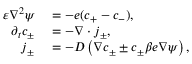
\begin{array} { r l } { \varepsilon \nabla ^ { 2 } \psi } & { { } = - e ( c _ { + } - c _ { - } ) , } \\ { \partial _ { t } c _ { \pm } } & { { } = - \boldsymbol { \nabla } \cdot \boldsymbol { j } _ { \pm } , } \\ { \boldsymbol { j } _ { \pm } } & { { } = - D \left( \boldsymbol { \nabla } c _ { \pm } \pm c _ { \pm } \beta e \boldsymbol { \nabla } \psi \right) , } \end{array}